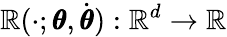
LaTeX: \mathbb{R}(\cdot;\pmb\theta,\dot{{\pmb\theta}}):\mathbb{\mathbb{R}}^{d}\to\mathbb{\mathbb{R}}